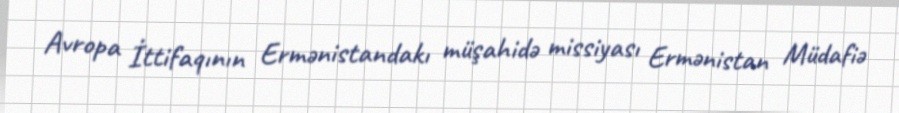
Avropa İttifaqının Ermənistandakı müşahidə missiyası Ermənistan Müdafiə